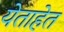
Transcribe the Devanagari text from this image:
येताहेत